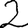
Digit: 2